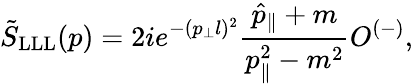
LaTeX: \tilde{S}_{\mathrm{LLL}}(p)=2ie^{-(p_{\perp}l)^{2}}\frac{\hat{p}_{\parallel}+m}{p_{\parallel}^{2}-m^{2}}O^{(-)},